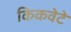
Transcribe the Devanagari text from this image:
किकवेटे